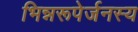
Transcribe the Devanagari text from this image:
भिन्नरूपेर्जनस्य